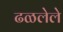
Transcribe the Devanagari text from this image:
ढळलेले